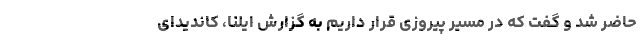
حاضر شد و گفت که در مسیر پیروزی قرار داریم به گزارش ایلنا، کاندیدای